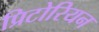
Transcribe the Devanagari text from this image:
प्रिटोरियन